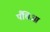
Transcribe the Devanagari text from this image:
पैंचिआ